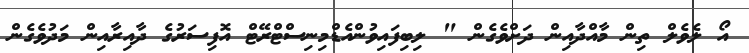
އޯ ލެވެލް ތިން މާއްދާއިން ދަށްވެގެން " ލިބިފައިވުންއެޑްމިނިސްޓްރޭޓް އޮފިސަރުގެ ދާއިރާއިން މަދުވެގެން